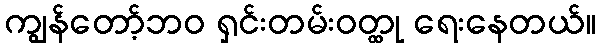
ကျွန်တော့်ဘဝ ရှင်းတမ်းဝတ္ထု ရေးနေတယ်။